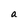
Character: a